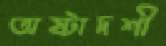
অষ্টাদশী